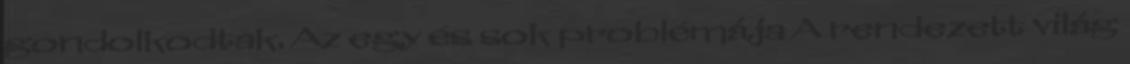
gondolkodtak. Az egy és sok problémája A rendezett világ